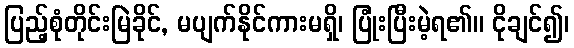
ပြည့်စုံတိုင်းမြဲခိုင်, မပျက်နိုင်ကားမရှိ၊ ပြုံးပြီးမဲ့ရ၏။ ငိုချင်၍၊